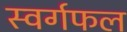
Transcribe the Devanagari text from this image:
स्वर्गफल